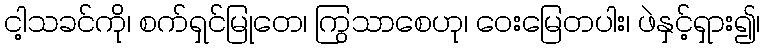
ငါ့သခင်ကို၊ စက်ရှင်မြုတေ၊ ကြွသာစေဟု၊ ဝေးမြေတပါး၊ ဖဲနှင့်ရှား၍၊